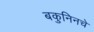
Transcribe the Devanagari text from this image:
बकुनिनचे